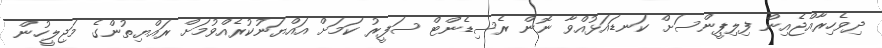
ދިވެހިރާއްޖެއިން ފިލިޕީންސަށް ކަނޑައަޅުއްވާ ނޮން ރެސިޑެންޓް ސަފީރު ކަމަށް އައްޔަނުކުރެއްވުމަށް ރައްޔިތުންގެ މަޖިލީހުން